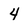
Character: 4